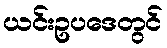
ယင်းဥပဒေတွင်